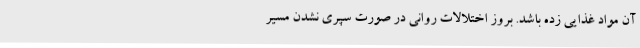
آن مواد غذایی زده باشد. بروز اختلالات روانی در صورت سپری نشدن مسیر